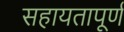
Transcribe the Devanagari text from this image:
सहायतापूर्ण